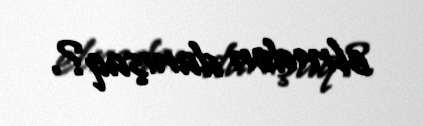
elmdən danışaq?.